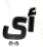
أي